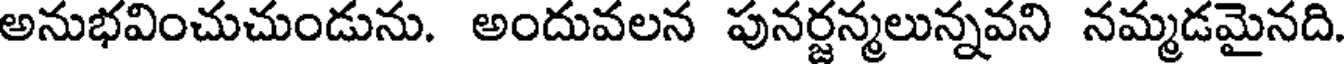
అనుభవించుచుండును. అందువలన పునర్జన్మలున్నవని నమ్మడమైనది.